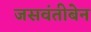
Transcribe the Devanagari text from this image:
जसवंतीबेन